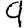
Digit: 9